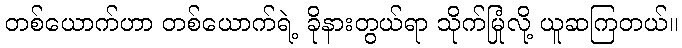
တစ်ယောက်ဟာ တစ်ယောက်ရဲ့ ခိုနားတွယ်ရာ သိုက်မြုံလို့ ယူဆကြတယ်။